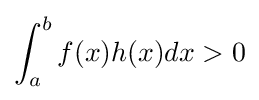
\int _{a}^{b}f(x)h(x)dx>0